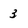
Character: 3